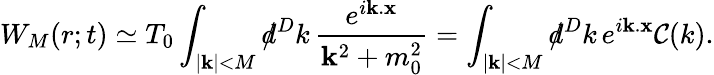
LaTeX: W_{M}(r;t)\simeq T_{0}\int_{|{\mathbf k}|<M}d\! \! \! /^{D}k\, \frac{e^{i{\mathbf k}.{\mathbf x}}}{{\mathbf k}^{2}+m_{0}^{2}}=\int_{|{\mathbf k}|<M}d\! \! \! /^{D}k\, e^{i{\mathbf k}.{\mathbf x}}{\cal C}(k).